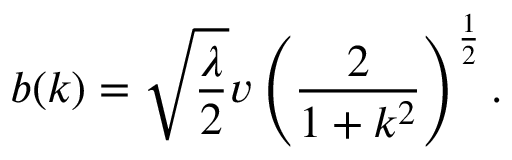
b ( k ) = \sqrt { \frac { \lambda } { 2 } } v \left( \frac { 2 } { 1 + k ^ { 2 } } \right) ^ { \frac { 1 } { 2 } } .